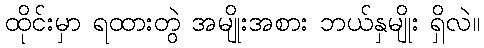
ထိုင်းမှာ ရထားတွဲ အမျိုးအစား ဘယ်နှမျိုး ရှိလဲ။